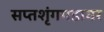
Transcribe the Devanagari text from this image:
सप्तशृंगगडावर